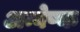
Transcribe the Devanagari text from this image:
अन्वेष्क